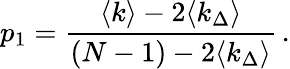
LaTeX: p_{1}=\frac{\langle k\rangle-2\langle k_{\Delta}\rangle}{(N-1)-2\langle k_{\Delta}\rangle}\, .